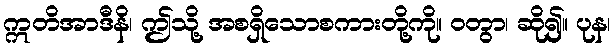
ဣတိအာဒီနိ၊ ဤသို့ အစရှိသောစကားတို့ကို။ ဝတွာ၊ ဆို၍။ ပုန၊